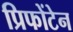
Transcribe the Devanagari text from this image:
प्रिफोंटेन